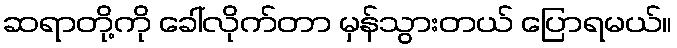
ဆရာတို့ကို ခေါ်လိုက်တာ မှန်သွားတယ် ပြောရမယ်။